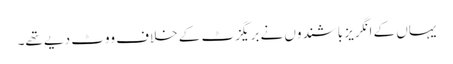
یہاں کے انگریز باشندوں نے بریگزٹ کے خلاف ووٹ دیے تھے۔